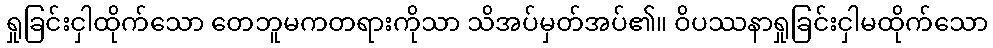
ရှုခြင်းငှါထိုက်သော တေဘူမကတရားကိုသာ သိအပ်မှတ်အပ်၏။ ဝိပဿနာရှုခြင်းငှါမထိုက်သော